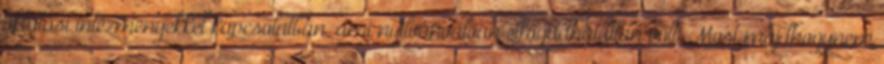
oktatási intézményekkel kapcsolatban, ami nyilvánvalóan elfogadhatatlan volt. Most majdhogynem